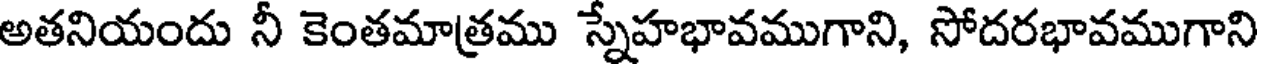
అతనియందు నీ కెంతమాత్రము స్నేహభావముగాని, సోదరభావముగాని